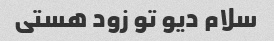
سلام دیو تو زود هستی